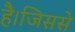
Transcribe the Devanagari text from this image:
है।जिससे